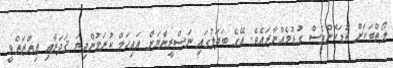
ލޯތްބަކަށް ކުޑަކޮންވެސް ގުޑުމެއްނާރައެވެ. އޭގެ ބަދަލުގައި ނަސްރީނާޔަށް އައިހަމް ކުރަމުންދިޔަ ޤަދަރާއި ޢިއްޒަތްވީ